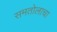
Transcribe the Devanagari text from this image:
समतोलाचा